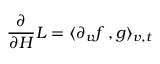
\frac { \partial } { \partial H } L = \langle \partial _ { v } f \, , g \rangle _ { v , t }